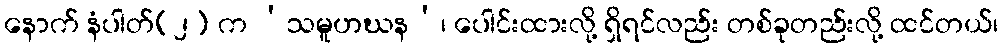
နောက် နံပါတ်(၂) က ‘သမူဟဃန’၊ ပေါင်းထားလို့ ရှိရင်လည်း တစ်ခုတည်းလို့ ထင်တယ်၊